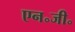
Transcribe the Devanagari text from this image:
एन॰जी॰